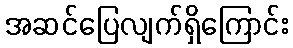
အဆင်ပြေလျက်ရှိကြောင်း